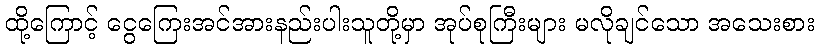
ထို့ကြောင့် ငွေကြေးအင်အားနည်းပါးသူတို့မှာ အုပ်စုကြီးများ မလိုချင်သော အသေးစား